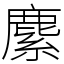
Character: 𦄐